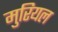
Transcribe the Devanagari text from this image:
मुरियल